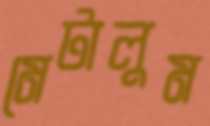
মেটালুম